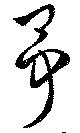
爭